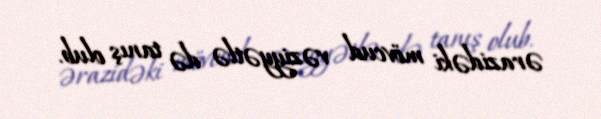
ərazidəki mövcud vəziyyətlə də tanış olub.